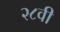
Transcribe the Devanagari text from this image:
२८वी